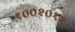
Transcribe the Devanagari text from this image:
१००२०१२